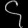
Digit: ၄